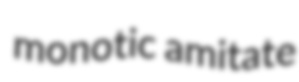
monotic amitate